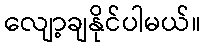
လျော့ချနိုင်ပါမယ်။